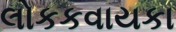
લોકકવાયકા